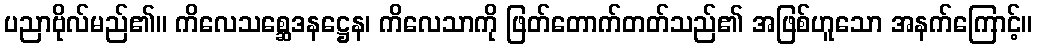
ပညာဗိုလ်မည်၏။ ကိလေသစ္ဆေဒနဋ္ဌေန၊ ကိလေသာကို ဖြတ်တောက်တတ်သည်၏ အဖြစ်ဟူသော အနက်ကြောင့်။